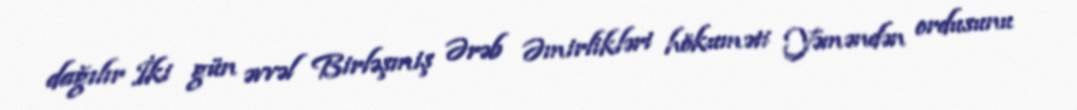
dağılır İki gün əvvəl Birləşmiş Ərəb Əmirlikləri hökuməti Yəməndən ordusunu